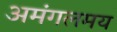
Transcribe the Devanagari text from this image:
अमंगलमय